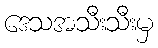
ဒေသအသီးသီးမှ